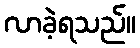
လာခဲ့ရသည်။